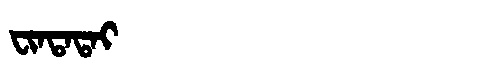
Manchu: ᠸᡳᠨᡨᠠᡨᠠᡳ
Romanization: FINTATAI